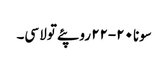
سونا ٢٠-٢٢ روپئے تولا سی۔